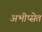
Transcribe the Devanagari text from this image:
अभीप्सेत